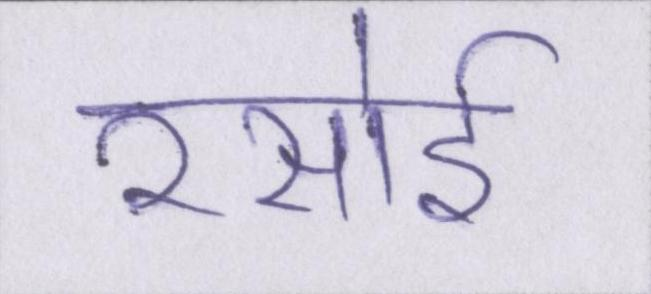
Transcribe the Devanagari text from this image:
रसोई